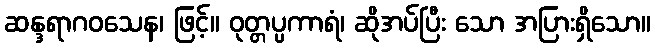
ဆန္ဒရာဂဝသေန၊ ဖြင့်။ ဝုတ္တပ္ပကာရံ၊ ဆိုအပ်ပြီး သော အပြားရှိသော။